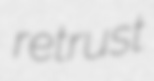
retrust